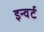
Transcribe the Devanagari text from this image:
इन्वर्ट